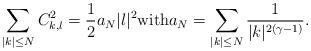
LaTeX: \begin{align*} \sum_{|k|\leq N} C_{k,l}^2 = \frac12 a_N |l|^2 \mbox{with} a_N = \sum_{|k|\leq N} \frac1{|k|^{2(\gamma -1)}}. \end{align*}